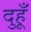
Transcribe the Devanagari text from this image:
दुहूँ